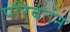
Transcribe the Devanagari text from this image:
परिर्वतंन